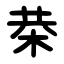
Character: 㭟